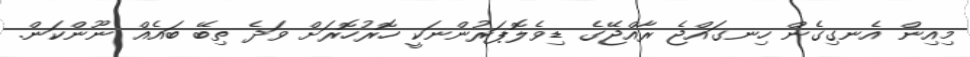
މިއިން އެނގިގެން ހިނގައްޖެ ރާއްޖޭގެ ޑިވެލޮޕަރުންނަކީ ހޮރުހޮރަށް ވަދެ ތިބޭ ބައެއް ނޫންކަން.